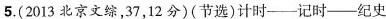
5.(2013北京文综，37，12分)(节选)计时——记时——纪史